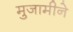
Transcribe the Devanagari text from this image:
मुजामीने